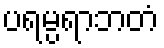
ပရမ္ပရာဘတံ